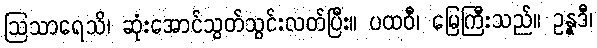
ဩသာရေသိ၊ ဆုံးအောင်သွတ်သွင်းလတ်ပြီး။ ပထဝီ၊ မြေကြီးသည်။ ဥန္နဒီ၊